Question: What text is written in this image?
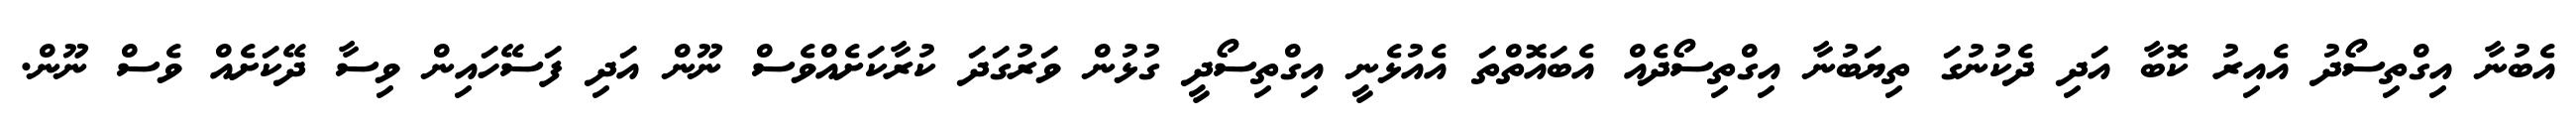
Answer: އެބުނާ އިގްތިސޯދު އެއިރު ކޮބާ އަދި ދެކުނުގަ ތިޔަބުނާ އިގްތިސޯދެއް އެބައޮތްތަ އެއުޅެނީ އިގްތިސޯދީ ގުޅުން ވަރުގަދަ ކުރާކަށެއްވެސް ނޫން އަދި ފަސޭހައިން ވިސާ ދޭކަށެއް ވެސް ނޫން.